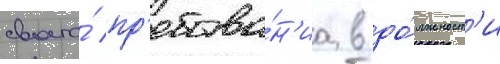
своего́ пр'ебыва́н'иа в до́лжност'и